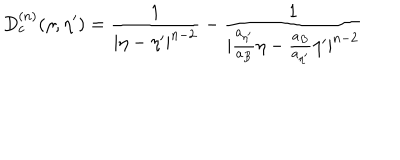
D _ { c } ^ { ( n ) } ( \eta , { \eta } ^ { \prime } ) = \frac { 1 } { | { \eta } - { \eta } ^ { \prime } | ^ { n - 2 } } - \frac { 1 } { | \frac { a _ { { \eta } ^ { \prime } } } { a _ { B } } { \eta } - \frac { a _ { B } } { a _ { { \eta } ^ { \prime } } } { \eta } ^ { \prime } | ^ { n - 2 } }